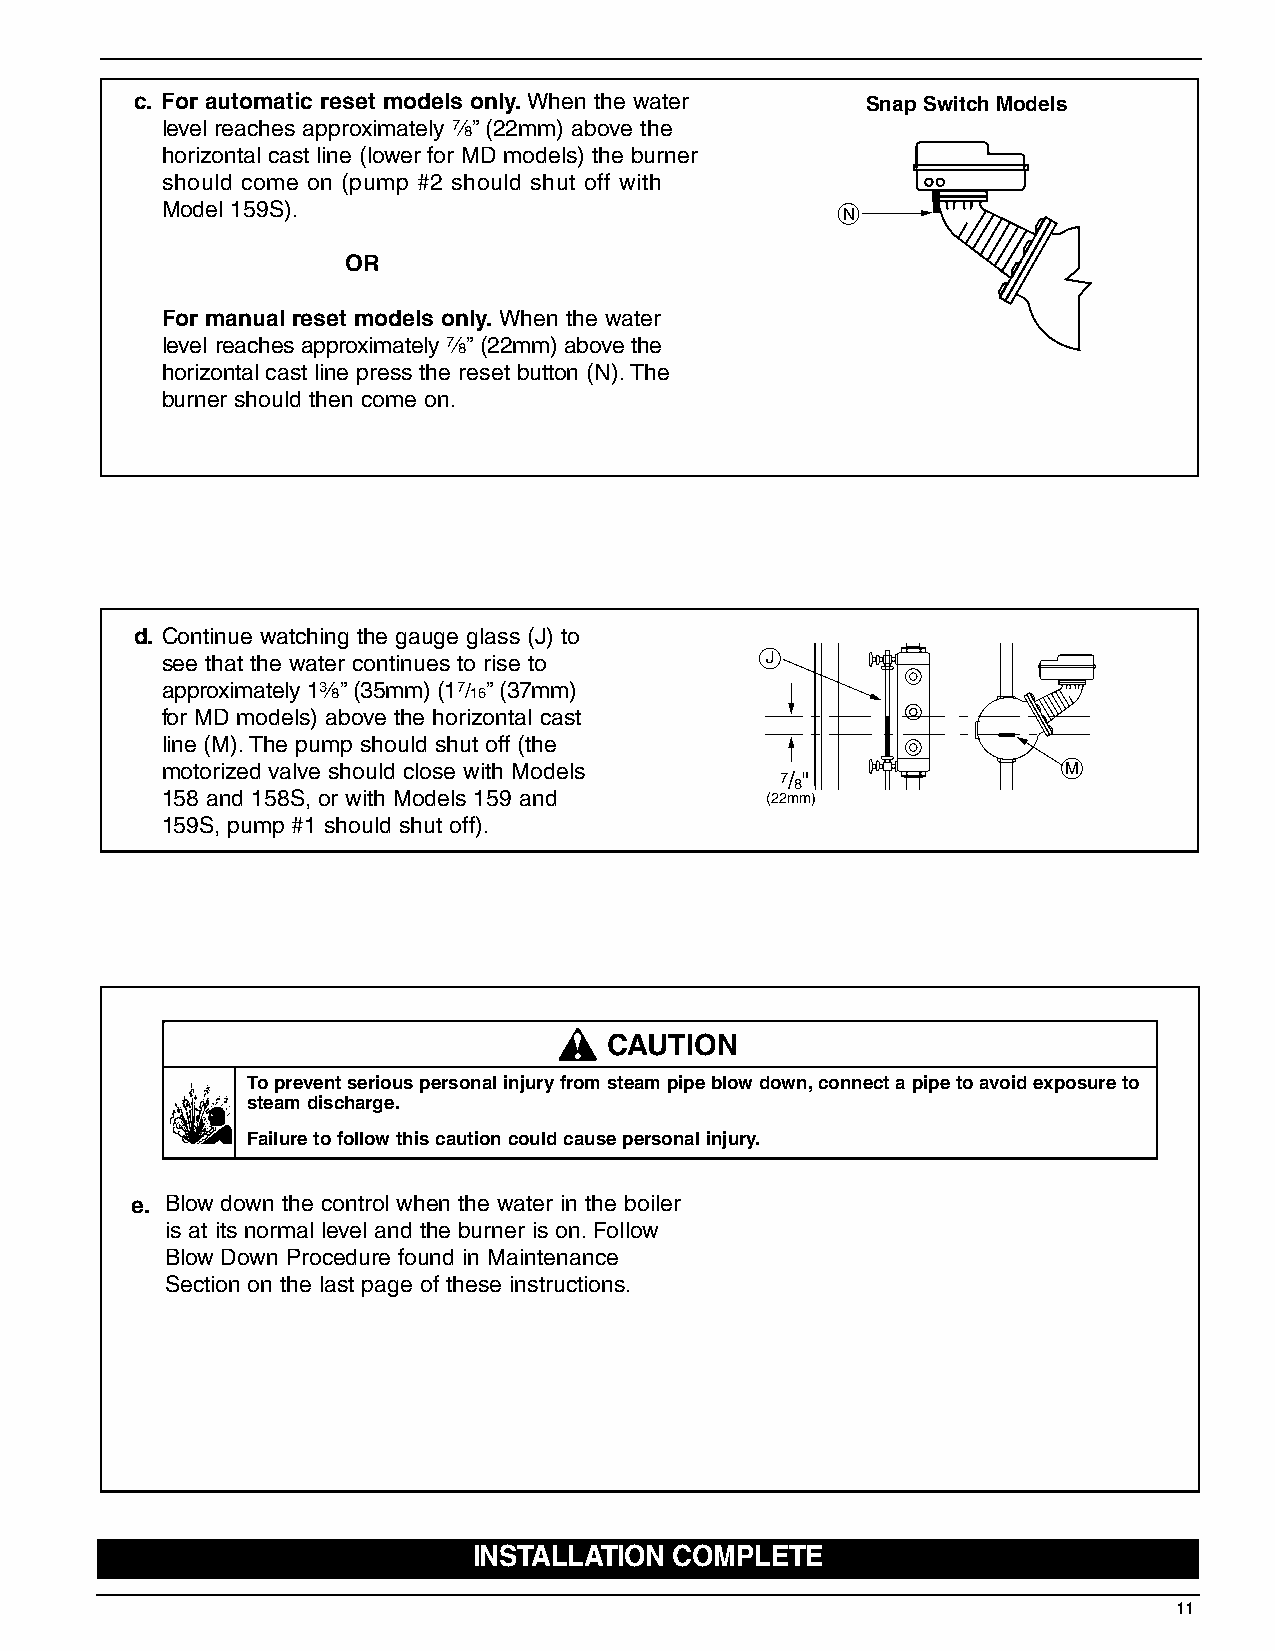
c. For automatic reset models only.When the water Snap Switch Models
 level reaches approximately d”(22mm) above the
 horizontal cast line (lower for MD models) the burner
 should come on (pump #2 should shut off with
 Model 159S).
 N
 OR
 For manual reset models only.When the water
 level reaches approximately d”(22mm) above the
 horizontal cast line press the reset button (N).The
 burner should then come on.
 d. Continue watching the gauge glass (J) to
 see that the water continues to rise to J
 approximately 1a”(35mm) (17/16”(37mm)
 for MD models) above the horizontal cast
 line (M).The pump should shut off (the
 motorized valve should close with Models                    M
 7/ 8"
 158 and 158S, or with Models 159 and    (22mm)
 159S, pump #1 should shut off).
 ! CAUTION
 To prevent serious personal injury from steam pipe blow down,connect a pipe to avoid exposure to
 steam discharge.
 Failure to follow this caution could cause personal injury.
 e. Blow down the control when the water in the boiler
 is at its normal level and the burner is on.Follow
 Blow Down Procedure found in Maintenance
 Section on the last page of these instructions.
 INSTALLATION  COMPLETE
 11